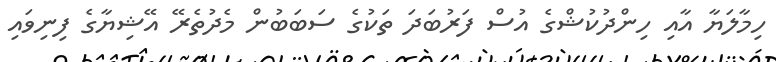
ހިމާލަޔާ އާއި ހިންދުކުޝްގެ އުސް ފަރުބަދަ ތަކުގެ ސަބަބުން މެދުތެރޭ އޭޝިޔާގެ ފިނިވައި